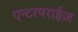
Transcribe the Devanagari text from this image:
एन्टरपराईज़